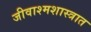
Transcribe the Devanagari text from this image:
जीवाश्मशास्त्रात